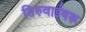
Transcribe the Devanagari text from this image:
तिरुवाईयरू